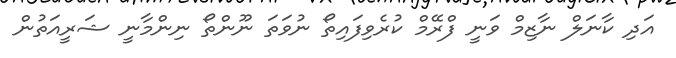
އަދި ކާނަލް ނާޒިމް ވަނީ ފްރޭމް ކުރެވިފައިތޯ ނުވަތަ ނޫންތޯ ނިންމާނީ ޝަރީއަތުން